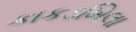
કાકડખિલા